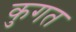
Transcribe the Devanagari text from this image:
कुगत